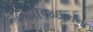
બીજદાનના